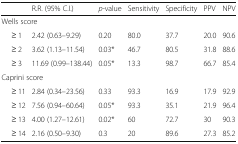
|  | R.R. (95% C.I.) | p-value | Sensitivity | Specificity | PPV | NPV |
 | --- | --- | --- | --- | --- | --- | --- |
 | <COLSPAN=7> Wells score |
 | ≥ 1 | 2.42 (0.63–9.29) | 0.20 | 80.0 | 37.7 | 20.0 | 90.6 |
 | ≥ 2 | 3.62 (1.13–11.54) | 0.03* | 46.7 | 80.5 | 31.8 | 88.6 |
 | ≥ 3 | 11.69 (0.99–138.44) | 0.05* | 13.3 | 98.7 | 66.7 | 85.4 |
 | <COLSPAN=7> Caprini score |
 | ≥ 11 | 2.84 (0.34–23.56) | 0.33 | 93.3 | 16.9 | 17.9 | 92.9 |
 | ≥ 12 | 7.56 (0.94–60.64) | 0.05* | 93.3 | 35.1 | 21.9 | 96.4 |
 | ≥ 13 | 4.00 (1.27–12.61) | 0.02* | 60 | 72.7 | 30 | 90.3 |
 | ≥ 14 | 2.16 (0.50–9.30) | 0.3 | 20 | 89.6 | 27.3 | 85.2 |